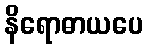
နိရောဓာယပေ